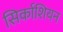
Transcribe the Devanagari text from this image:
सिर्काशियन